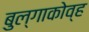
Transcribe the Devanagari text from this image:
बुल्गाकोव्ह